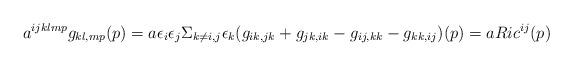
LaTeX: \begin{align*}a^{ijklmp}g_{kl,mp}(p)=a\epsilon_i\epsilon_j\Sigma_{k \neq i,j}\epsilon_k(g_{ik,jk}+g_{jk,ik}-g_{ij,kk}-g_{kk,ij})(p)=aRic^{ij}(p)\end{align*}